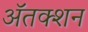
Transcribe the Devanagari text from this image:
ॲतक्शन